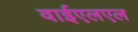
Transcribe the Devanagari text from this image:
वाईएलएल